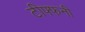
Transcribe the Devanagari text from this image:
टीफ्फनी